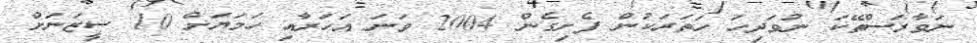
ނަވާރަސްތޭކަ ނުވަދިހަ ހަތަރަކުން ފެށިގެން 2004 ވަނަ އަހަރާއި ހަމަޔަށް 10 ސީޒަނަށް